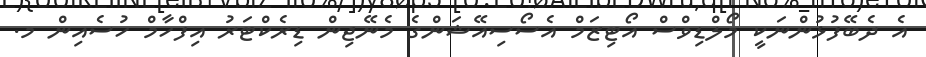
އެ ދެބޭފުޅުންނަކީ މޯލްޑިވްސް އޯޓިޒަމް އެސޯސިއޭޝަންގެ މެނޭޖިން ޑިރެކްޓަރު އިފްހާމް ހުސެއިން މ.